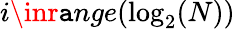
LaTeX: i\inr\mathtt{a}nge(\log_{2}(N))